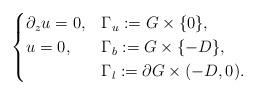
LaTeX: \begin{align*}\begin{cases}\partial_z u = 0, & \Gamma_u := G \times \{ 0 \}, \\u = 0, & \Gamma_b := G \times \{ -D \}, \\ & \Gamma_l := \partial G \times (-D,0).\end{cases}\end{align*}